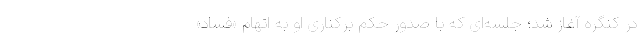
در کنگره آغاز شد؛ جلسه‌ای که با صدور حکم برکناری او به اتهام «فساد»